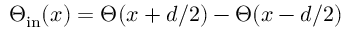
\Theta _ { \mathrm { i n } } ( x ) = \Theta ( x + d / 2 ) - \Theta ( x - d / 2 )